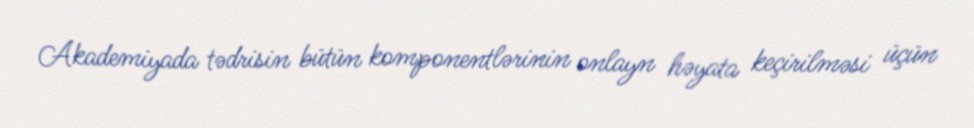
Akademiyada tədrisin bütün komponentlərinin onlayn həyata keçirilməsi üçün